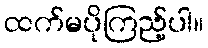
ထက်မပိုကြည့်ပါ။